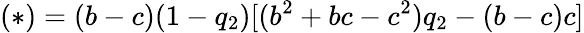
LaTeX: (\ast)=(b-c)(1-q_{2})[(b^{2}+bc-c^{2})q_{2}-(b-c)c]